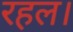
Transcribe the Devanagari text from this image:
रहल।